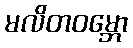
မလိတဝမ္ဘော